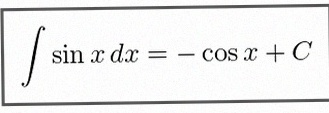
\int \sin x\,dx=-\cos x+C